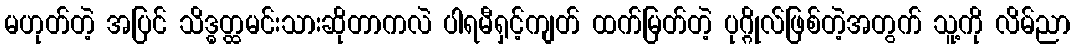
မဟုတ်တဲ့ အပြင် သိဒ္ဓတ္ထမင်းသားဆိုတာကလဲ ပါရမီရှင့်ကျတ် ထက်မြတ်တဲ့ ပုဂ္ဂိုလ်ဖြစ်တဲ့အတွက် သူ့ကို လိမ်ညာ